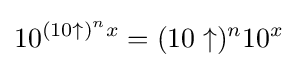
10^{(10\uparrow )^{n}x}=(10\uparrow )^{n}10^{x}